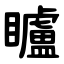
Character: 矑